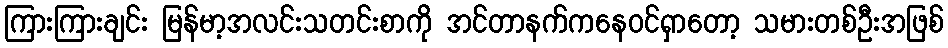
ကြားကြားချင်း မြန်မာ့အလင်းသတင်းစာကို အင်တာနက်ကနေဝင်ရှာတော့ သမားတစ်ဦးအဖြစ်